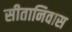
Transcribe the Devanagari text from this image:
सीतानिवास